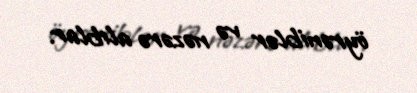
öyrəniblər və nəzərə alıblar.